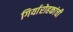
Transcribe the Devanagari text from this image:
गिर्यारोहकांची